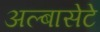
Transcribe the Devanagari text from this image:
अल्बासेटे